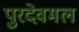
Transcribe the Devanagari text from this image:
पुरदेवमल